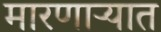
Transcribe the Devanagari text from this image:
मारणाऱ्यात